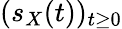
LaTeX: (s_{X}(t))_{t\geq 0}